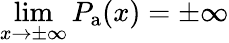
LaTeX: \operatorname*{lim}_{x\to\pm\infty}P_{\mathrm{a}}(x)=\pm\infty